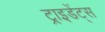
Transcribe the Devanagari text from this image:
ट्राइडेंट्स